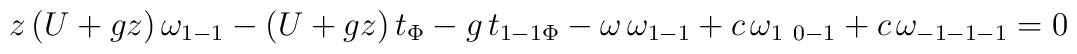
z \,(U+g z)\, \omega_{1-1}-(U+g z) \, t_{\Phi} -g\, t_{1-1\Phi} -\omega \, \omega_{1-1} +c \,\omega_{1\ 0-1} + c\, \omega_{-1-1-1}=0